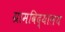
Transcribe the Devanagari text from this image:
ग्रामविद्यालय